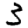
Digit: 3